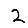
Digit: 2